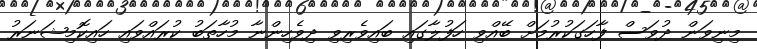
މިނިވަން ދުވަސް ފާހަގަކުރުމަށް ބޭއްވި ހަފުލާގައި ބައިވެރިވި ދިވެހިންނާ މުހާތަބު ކުރައްވައި ހައިކޮމިޝަނަރު